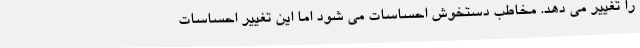
را تغییر می دهد. مخاطب دستخوش احساسات می شود اما این تغییر احساسات